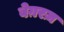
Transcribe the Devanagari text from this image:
बेग़रज़